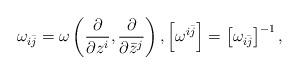
LaTeX: \begin{align*}\omega_{i\bar j} = \omega\left(\frac{\partial}{\partial z^i} , \frac{\partial}{\partial\bar z^j}\right) , \left[ \omega^{i\bar j}\right] = \left[\omega_{i\bar j}\right]^{-1} ,\end{align*}